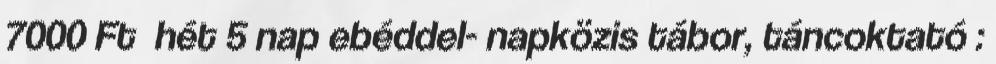
7000 Ft hét 5 nap ebéddel- napközis tábor, táncoktató :